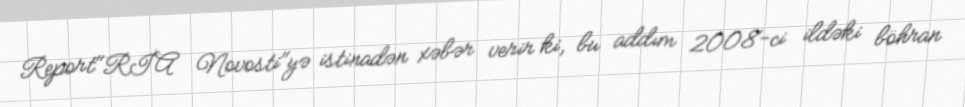
Report"RİA Novosti"yə istinadən xəbər verir ki, bu addım 2008-ci ildəki böhran